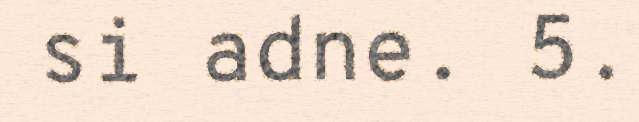
si adne. 5.